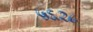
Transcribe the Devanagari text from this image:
५६२८